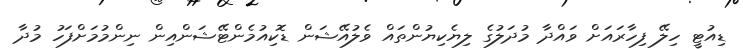
ޑިއުޓީ ހިލޭ ފިހާރައަށް ވައްދާ މުދަލުގެ ލިޔެކިޔުންތައް ވެލުއޭޝަން ޑޮކިއުމެންޓޭޝަންއިން ނިންމުމަށްފަހު މުދާ